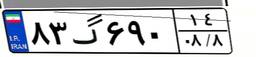
۸۳گ۶۹۰۱۴